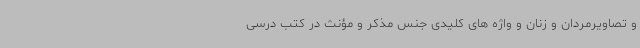
و تصاویرمردان و زنان و واژه های کلیدی جنس مذکر و مؤنث در کتب درسی